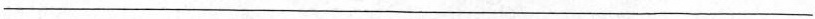
___